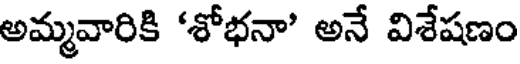
అమ్మవారికి 'శోభనా' అనే విశేషణం